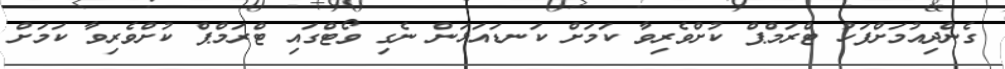
ގެންދިއުމަށްފަހު ޓްރަމްޕް ކުށްވެރިވާ ކަމަށް ކަނޑައަޅަން ނެގި ވޯޓްގައި ޓްރަމްޕް ކުށްވެރިވާ ކަމަށް